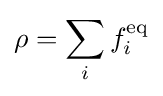
\rho =\sum _{i}f_{i}^{\text{eq}}